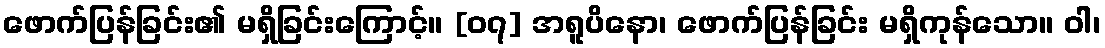
ဖောက်ပြန်ခြင်း၏ မရှိခြင်းကြောင့်။ [၀၇] အရူပိနော၊ ဖောက်ပြန်ခြင်း မရှိကုန်သော။ ဝါ၊